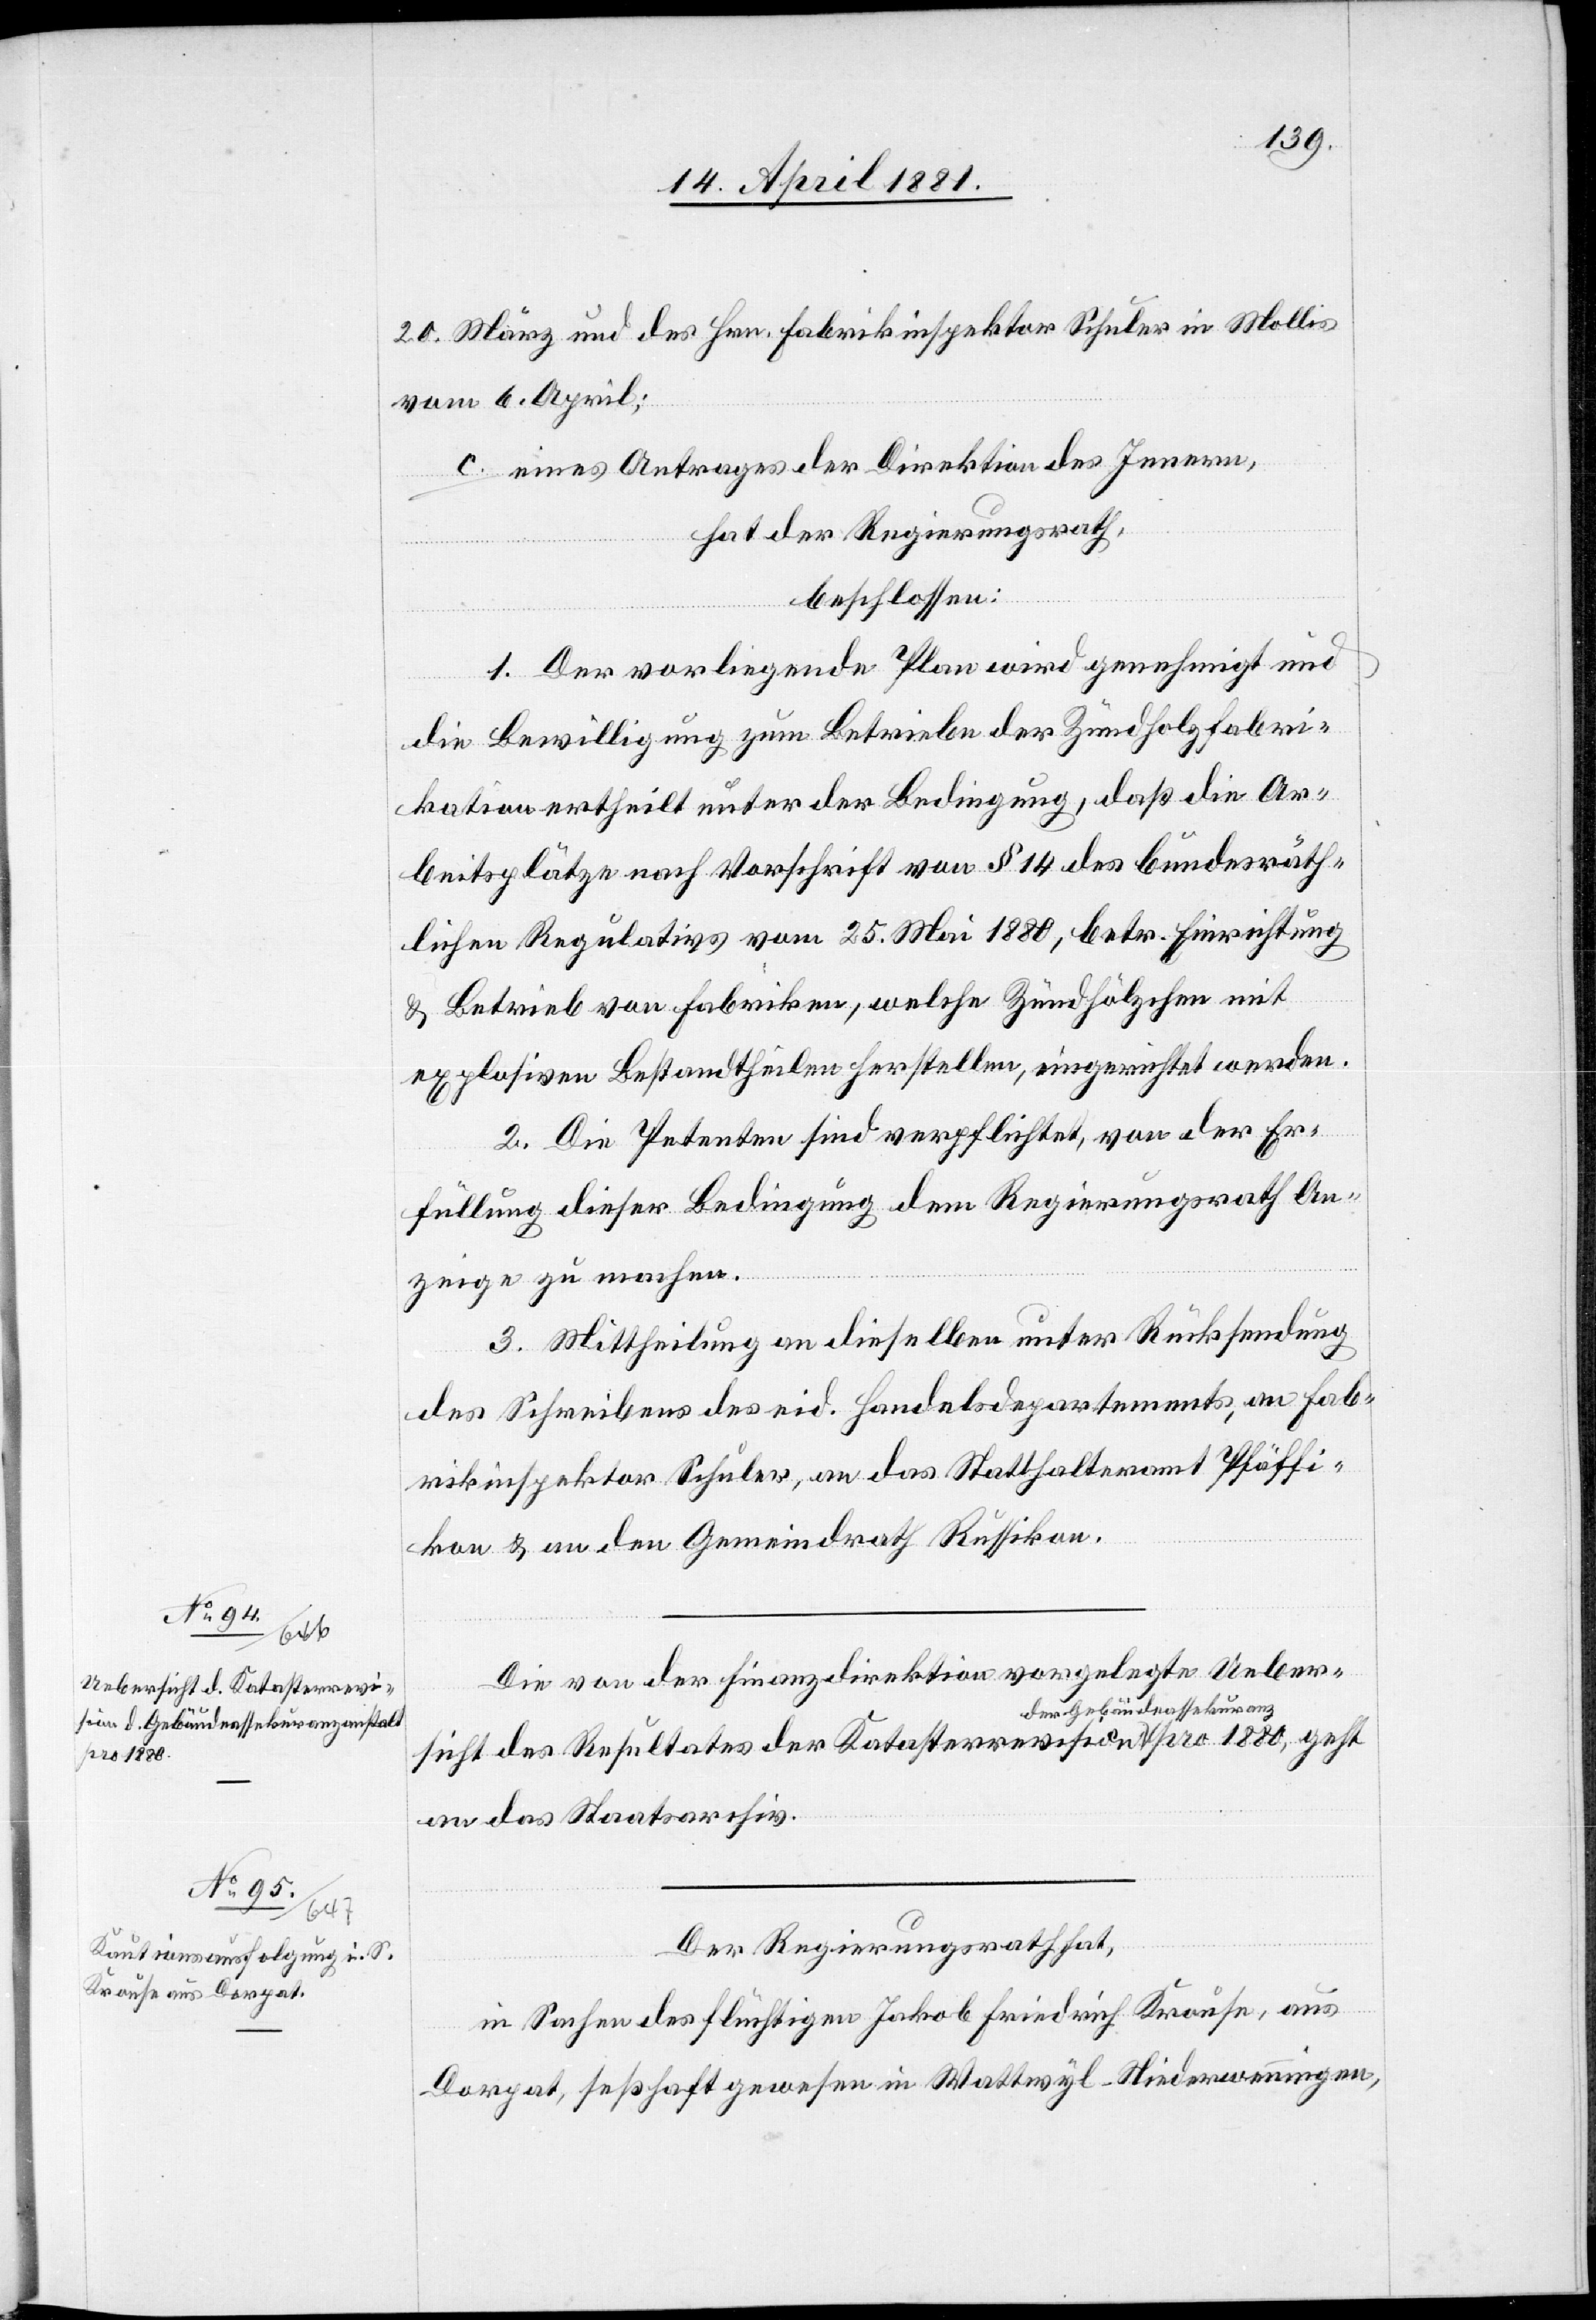
pro 1880,

20. März und des Hrn. Fabrikinspektors Schuler in Mollis
vom 6. April;
c. eines Antrages der Direktion des Innern,
geht
hat der Regierungsrath,
beschloßen:
1. Der vorliegende Plan wird genehmigt und
die Bewilligung zum Betriebe der Zündholzfabri¬
kation ertheilt unter der Bedingung, daß die Ar¬
beitsplätze nach Vorschrift von § 14 des bundesräth¬
lichen Regulativs vom 25. Mai 1880, betr. Einrichtung
& Betrieb von Fabriken, welche Zündhölzchen mit
explosiven Bestandtheilen herstellen, eingerichtet werden.
2. Die Petenten sind verpflichtet, von der Er¬
füllung dieser Bedingung dem Regierungsrath An¬
zeige zu machen.
3. Mittheilung an dieselben unter Rücksendung
des Schreibens des eid. Handelsdepartements, an Fab¬
rikinspektor Schuler, an das Statthalteramt Pfäffi¬
kon & an den Gemeindrath Russikon.
Die von der Finanzdirektion vorgelegte Ueber¬
sicht des Resultates der Katasterrevision a-der Gebäudeass¬
an das Staatsarchiv.